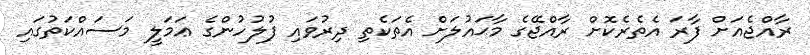
ރާއްޖެއަށް ފާރަ އެތެރެކޮށް ރާއްޖޭގެ މާޙައުލަށް އެތަކެތި ދިރުވައި ފުލުހުންގެ ޢަަމަލީ މަސައްކަތުގައި